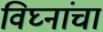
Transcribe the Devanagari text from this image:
विघ्नांचा